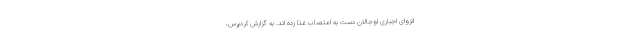
انزوای اجباری اوجالان دست به اعتصاب غذا زده اند. به گزارش کردپرس،